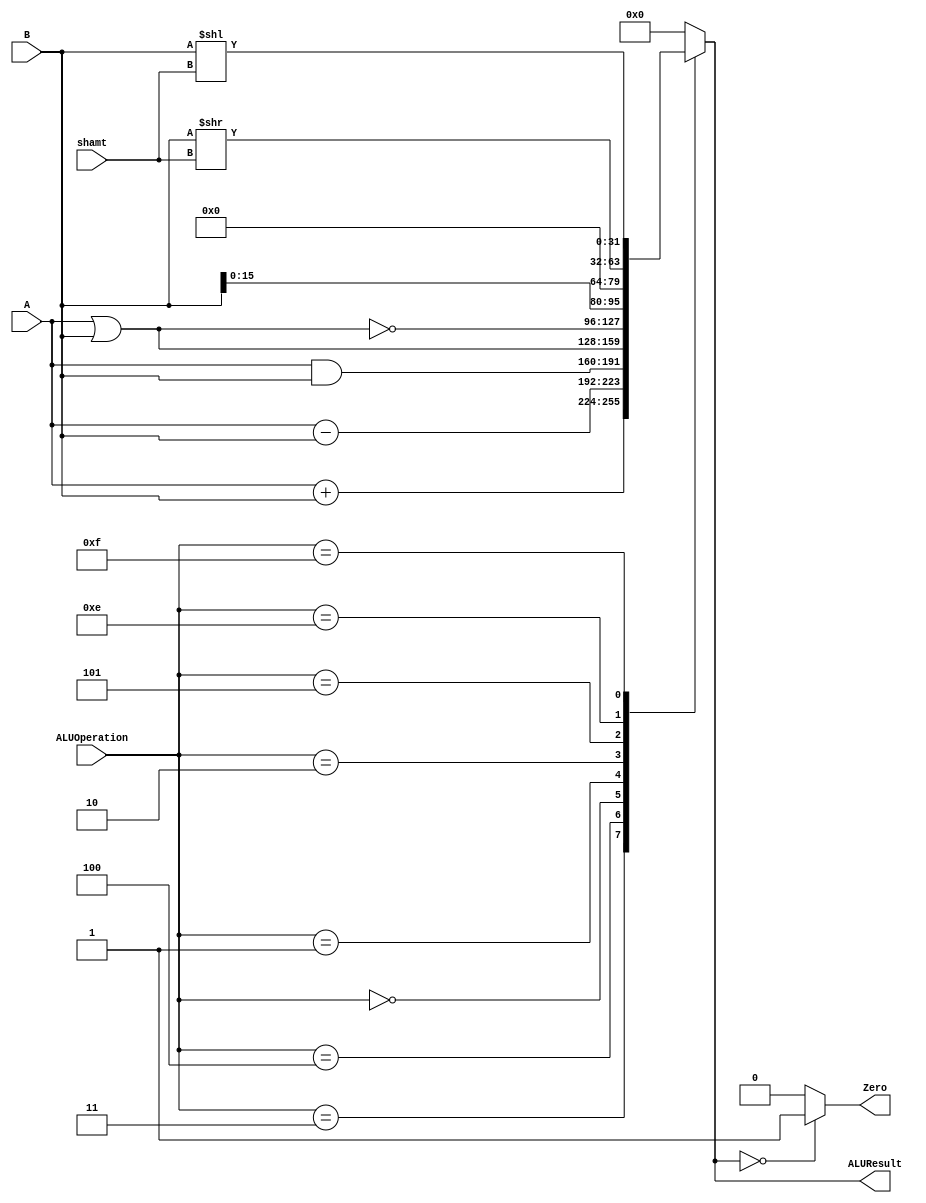
/******************************************************************
* Description
*	This is an 32-bit arithetic logic unit that can execute the next set of operations:
*		add
*		sub
*		or
*		and
*		nor
* This ALU is written by using behavioral description.
* Version:
*	1.0
* Author:
*	Dr. Jos Luis Pizano Escalante
* email:
*	luispizano@iteso.mx
* Date:
*	01/03/2014
******************************************************************/
module ALU 
(
	input [3:0] ALUOperation,
	input [31:0] A,
	input [31:0] B,
	input [4:0]shamt, //se agreg debido a que para las operaciones de shift se necesita esta parte de informacin
	output reg Zero,
	output reg [31:0]ALUResult
);
localparam AND = 4'b0000;
localparam OR  = 4'b0001;
localparam NOR = 4'b0010;
localparam ADD = 4'b0011;
localparam SUB = 4'b0100;

localparam LUI = 4'b0101; //proveniente de alucontrol
localparam Sll = 4'b1111; //proveniente de alucontrol
localparam Srl = 4'b1110;//proveniente de alucontrol


   
   always @ (A or B or ALUOperation)
     begin
		case (ALUOperation)
		  ADD: // add
			ALUResult = A + B;
			
		  SUB:
			ALUResult= A-B;
		  
		  AND:
		  ALUResult= A & B;
			
 		  OR: // or
			ALUResult = A | B;
			
		  NOR: // Nor
			ALUResult = ~(A | B);	
 
		  LUI: //lui agregado 
		   ALUResult = {B[15:0],16'b0000000000000000};	
			
		  Srl: //srl recorrer n bits a la derecha
			ALUResult = B >> shamt;
			
		  Sll: //sll recorrer n bits a la izquierda
			ALUResult = B << shamt;
  
		default:
			ALUResult= 0;
		endcase // case(control)
		Zero = (ALUResult==0) ? 1'b1 : 1'b0;
     end // always @ (A or B or control)
endmodule // ALU